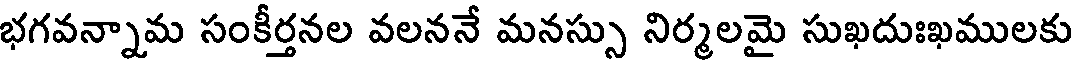
భగవన్నామ సంకీర్తనల వలననే మనస్సు నిర్మలమై సుఖదుఃఖములకు